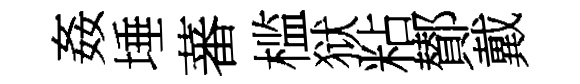
姦埵蕃槛狱粘鄼戴